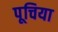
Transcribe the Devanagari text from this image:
पूचिया